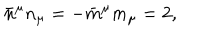
\bar { n } ^ { \mu } n _ { \mu } = - \bar { m } ^ { \mu } m _ { \mu } = 2 ,